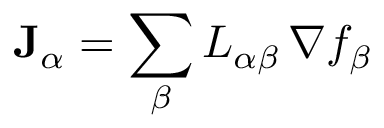
\mathbf { J } _ { \alpha } = \sum _ { \beta } L _ { \alpha \beta } \, \nabla f _ { \beta }